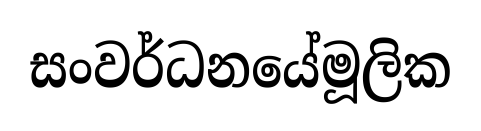
සංවර්ධනයේමූලික